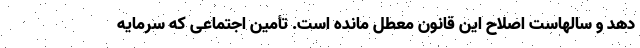
دهد و سالهاست اصلاح این قانون معطل مانده است. تأمین اجتماعی که سرمایه